Leningradi_Edasi_toimetus, lk 213
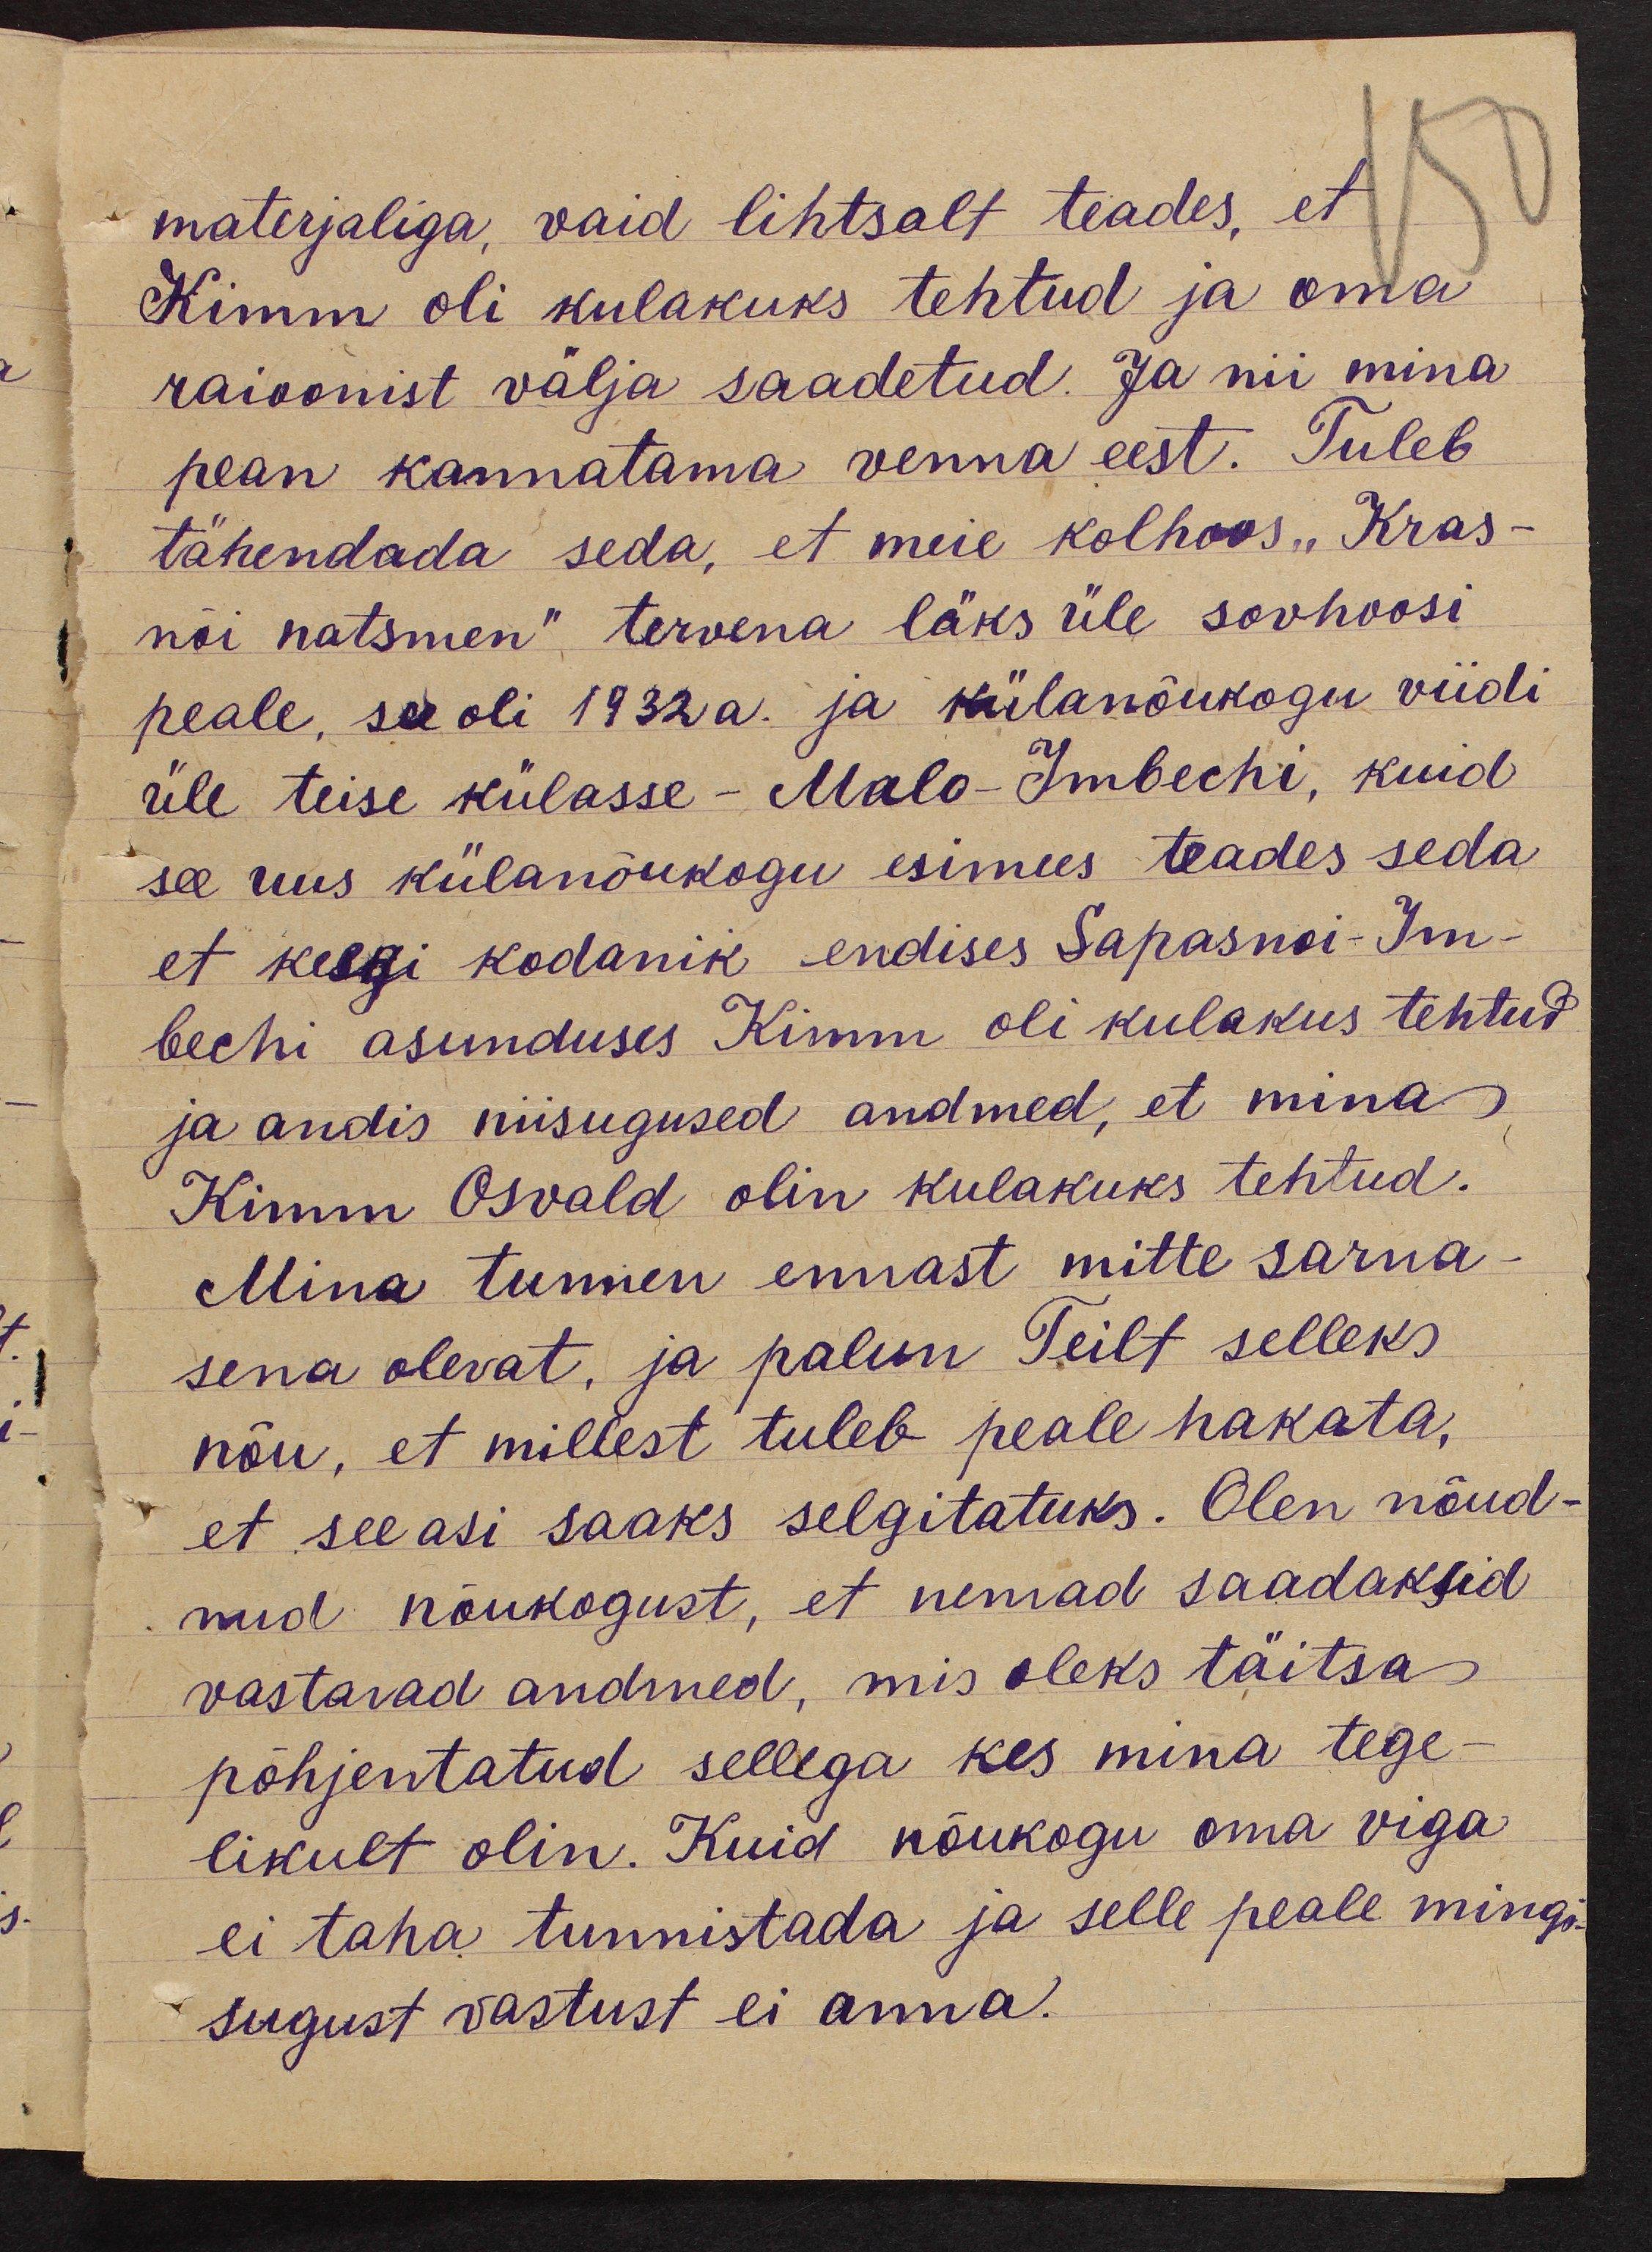
materjaliga, vaid lihtsalt teades, et
Kimm oli kulakuks tehtud ja oma
raioonist välja saadetud. Ja nii mina
pean kannatama venna eest. Tuleb
tähendada seda, et meie kolhoos „Kras-
nõi natsmen“ tervena läks üle sovhoosi
peale, see oli 1932 a. ja külanõukogu viidi
üle teise külasse - Malo-Imbechi, kuid
see uus külanõukogu esimees teades seda
et keegi kodanik endises Sapasnoi-Im-
bechi asunduses Kimm oli kulakus tehtud
ja andis niisugused andmed, et mina
Kimm Osvald olin kulakuks tehtud.
Mina tunnen ennast mitte sarna-
sena olevat, ja palun Teilt selleks
nõu, et millest tuleb peale hakata,
et see asi saaks selgitatuks. Olen nõud-
nud nõukogust, et nemad saadaksid
vastavad andmed, mis oleks täitsa
põhjentatud sellega kes mina tege-
likult olin. Kuid nõukogu oma viga
ei taha tunnistada ja selle peale mingi-
sugust vastust ei anna.